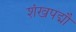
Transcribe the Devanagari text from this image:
शंखपद्मौ